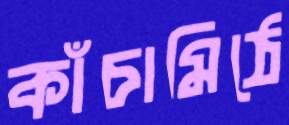
কাঁচামিঠে